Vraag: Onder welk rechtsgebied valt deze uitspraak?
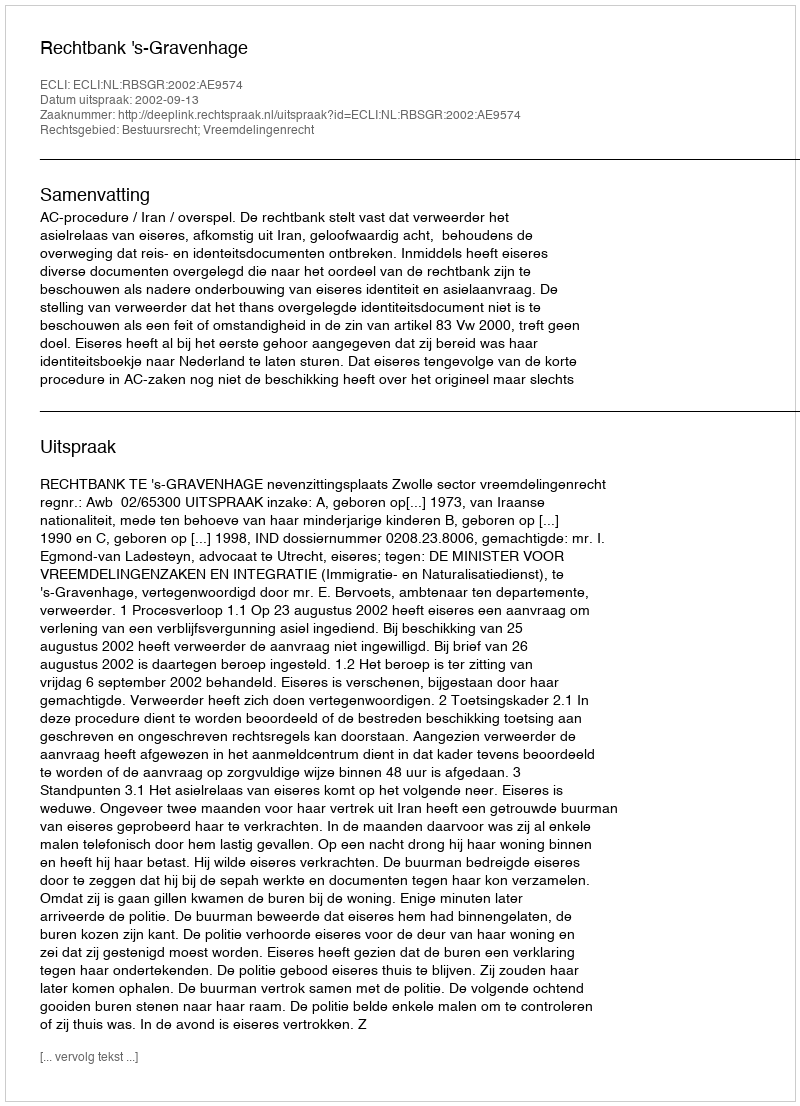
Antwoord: Bestuursrecht; Vreemdelingenrecht